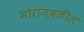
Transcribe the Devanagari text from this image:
भोराजवळील